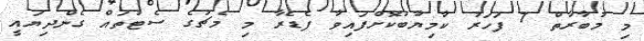
މި މުބާރާތް 7 ފަހަރު ކާމިޔާބުކޮށްފައިވާ ފެޑެރާ މި މެޗުގެ ސެޓުތައް ގެންދިޔައީ